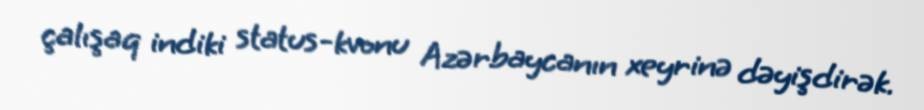
çalışaq indiki status-kvonu Azərbaycanın xeyrinə dəyişdirək.